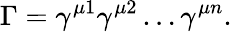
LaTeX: \Gamma=\gamma^{\mu 1}\gamma^{\mu 2}\dots\gamma^{\mu n}.